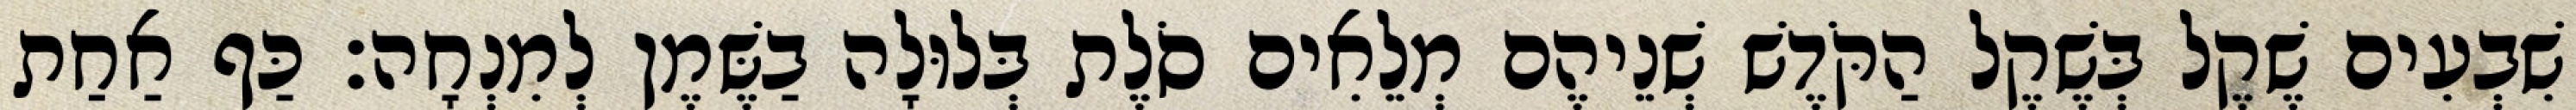
שִׁבְעִים שֶׁקֶל בְּשֶׁקֶל הַקֹּדֶשׁ שְׁנֵיהֶם מְלֵאִים סֹלֶת בְּלוּלָה בַשֶּׁמֶן לְמִנְחָה׃ כַּף אַחַת